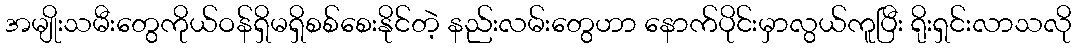
အမျိုးသမီးတွေကိုယ်ဝန်ရှိမရှိစစ်စေးနိုင်တဲ့ နည်းလမ်းတွေဟာ နောက်ပိုင်းမှာလွယ်ကူပြီး ရိုးရှင်းလာသလို